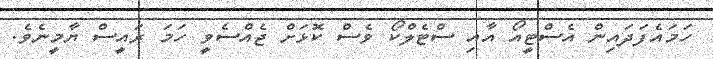
ހަމައެފަދައިން އެސްޓީއޯ އާއި ސްޓެލްކޯ ވެސް ކޮޅަށް ޖެއްސެވީ ހަމަ ރައީސް ޔާމީނެވެ.